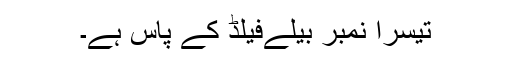
تیسرا نمبر بیلےفیلڈ کے پاس ہے۔